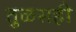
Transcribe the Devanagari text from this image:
तुळसही